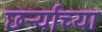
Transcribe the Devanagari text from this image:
छर्ऱ्याच्या